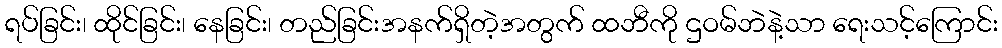
ရပ်ခြင်း၊ ထိုင်ခြင်း၊ နေခြင်း၊ တည်ခြင်းအနက်ရှိတဲ့အတွက် ထဘီကို ဌဝမ်ဘဲနဲ့သာ ရေးသင့်ကြောင်း